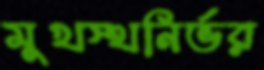
মুখস্থনির্ভর